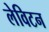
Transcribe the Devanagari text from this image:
लेविटन